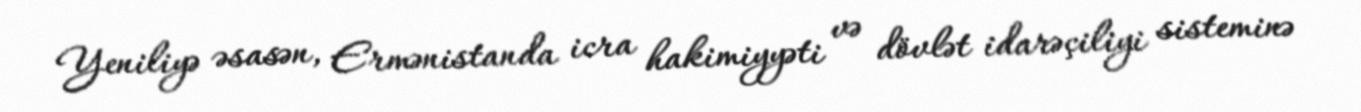
Yeniliyə əsasən, Ermənistanda icra hakimiyyəti və dövlət idarəçiliyi sisteminə